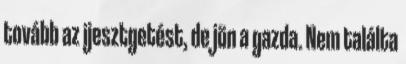
tovább az ijesztgetést, de jön a gazda. Nem találta